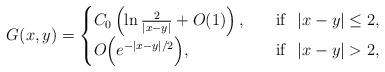
LaTeX: \begin{align*}G(x,y) =\begin{cases}C_0\left( \ln \frac{2}{|x-y|}+O(1) \right),\quad&\mathrm{if} \ \ |x-y|\le 2,\\O\Big(e^{-|x-y|/2}\Big), &\mathrm{if} \ \ |x-y|>2,\\\end{cases}\end{align*}